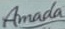
Amada